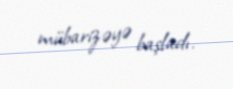
mübarizəyə başladı.